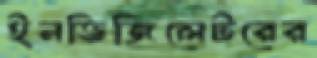
ইনভিজিলেটরের